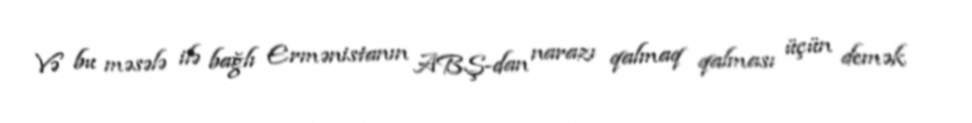
Və bu məsələ ilə bağlı Ermənistanın ABŞ-dan narazı qalmaq qalması üçün demək